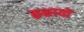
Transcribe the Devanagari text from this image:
कक्षायों